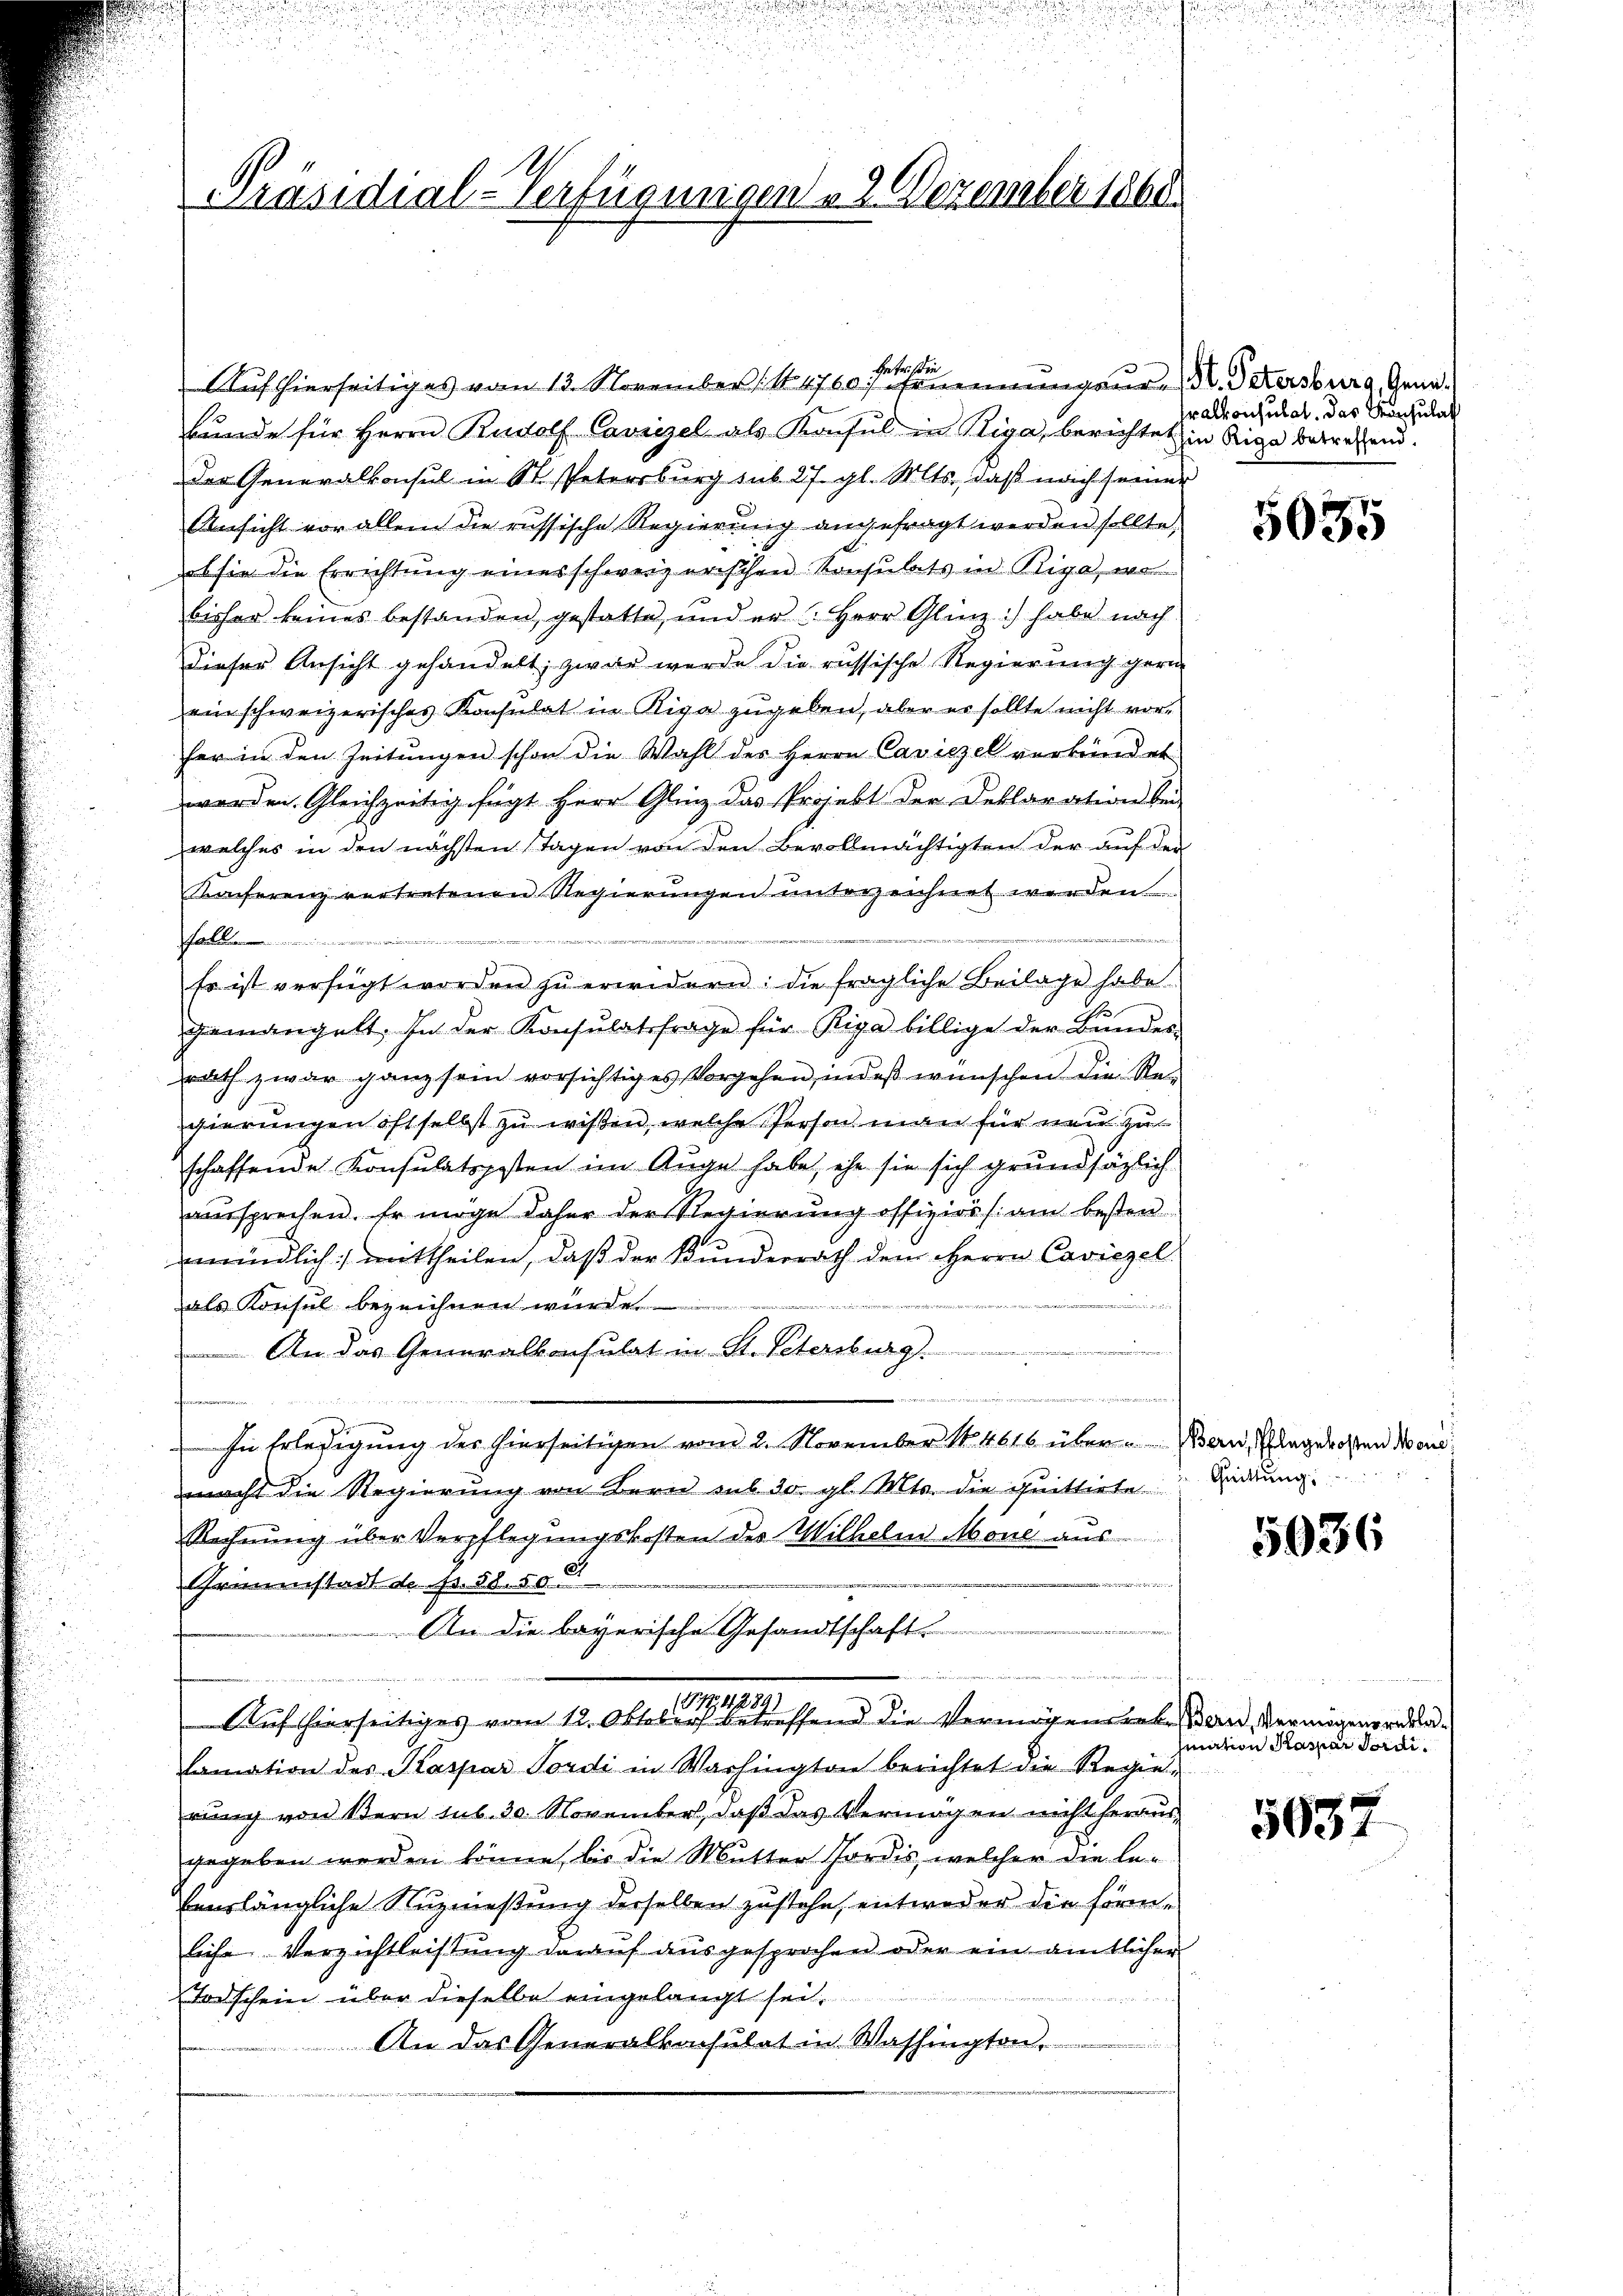
Präsidial-Verfügungen " 2 Dezember 1868.

Bieter Ber
Auf hierseitiges vom 13. November 1 No 1760 Ernennungsur. Petersburg, Gene¬
Bunde für Herrn Rudolf Caviezel als Konsul in Riga, berichtet in Riga betreffend.
Der Generalkonsul in St. Petersburg sub 27. gl. Mts., daß nach seiner
Ansicht vor allem die russische Regierung angefragt werden sollte.
es sie die Errichtung eines schweizerischen Konsulats in Riga, wo
bisher keines bestanden, gestatte, und er Herr Glinz:) habe nach
Dieser Ansicht gehandelt, zwar wurde die russische Regierung gerin
ein schweizerisches Konsulat in Riga zugeben, aber er sollte nicht vorher in den Zeitungen schon die Wahl des Herrn Caviezel verkündet
werden. Gleichzeitig fügt Herr Glig das Projekt der Deklaration bei
welches in den nächsten Tagen von den Bevollmächtigten der auf der
Kaiferenz vertretenen Regierungen unterzeichnet werden.
a
Es ist verfügt worden zŭ erwidern: die fragliche Beilage habe.
G.
gemängelt. In der Konsulatsfrage für Riga billige der Bundes-
nath zwar ganz sein vorsichtiges Vorgehen, indeß wünschen die Regierungen oft selbst zu wißen, welche Person man für neu zu
schaffende Konsulatsgesten im Auge habe, ehe sie sich grundsäglich
aussprechen. Er möge daher der Regierung offiziers am besten
mündlich mittheilen, daß der Kunderrath dem Herrn Caviezel
als Konsul bezeichnen wurde.

An das Generalkonsulat in St. Petersburg.
quitti unter nun d
e

In Erledigung der hierseitigen vom 2. November 184616 über u. Bern, Plagerotten Mond
macht die Regierung von Bern sub 30. gl. Mts. die quittirte
Rechnung über Verpflegungskosten des Wilhelm Mone aus
Grimmstadt de Fr. 58. 50 C
Rer die bayerische Gesandtschaft
n
(174289)
Auf hierseitiges vom 12. Oktober betreffend die Vermögensrekeßen, Vermögensreden
lamation des Kaspar Pordi in Washington berichtet die Regie
rung von Bern sub. 30. November, daß das Vermögen nicht heraus,
gegeben werden könne, bis die Mutter Fordes, welcher die lebenslängliche Nuzniessung derselben zustehe, entweder die förmliche Verzichtleistung darauf ausgesprochen oder ein amtlicher
Todschein über dieselbe eingelangt sei,
An das Generalkonsulat in Washington,

Gralkonsulat. Das Konsulat

5035

Quittung

5036

mation Kamer Fordi¬

5037